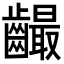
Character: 𪙦